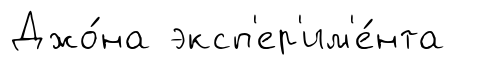
Джо́на эксп'ер'им'е́нта